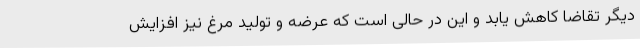
دیگر تقاضا کاهش یابد و این در حالی است که عرضه و تولید مرغ نیز افزایش